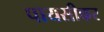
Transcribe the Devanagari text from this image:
पायसीकर